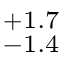
^ { + 1 . 7 } _ { - 1 . 4 }